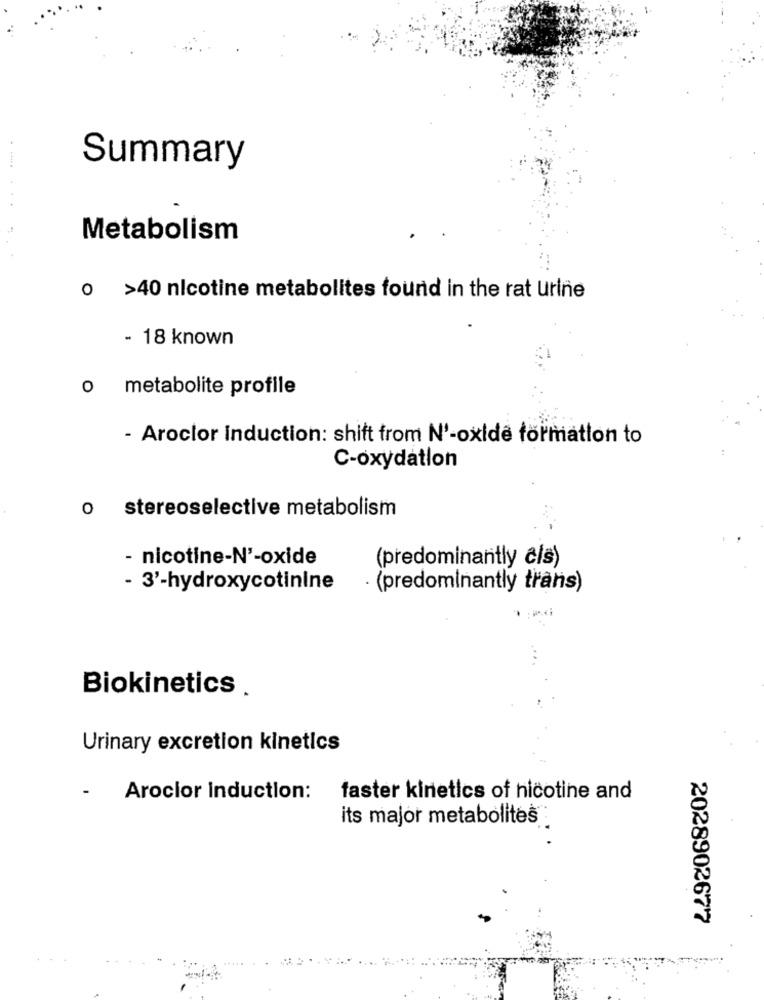
Summary
Metabolism
... ......
0 >40 nicotine metabolites found in the rat urine
- 18 known
0 metabolite profile
- Aroclor induction: shift from N'-oxide formation to
C-oxydation
o stereoselective metabolism
- nicotine-N'-oxide
(predominantly cis)
- 3'-hydroxycotinine
· (predominantly trans)
Biokinetics.
Urinary excretion kinetics
-
Arocior induction:
faster kinetics of nicotine and
its major metabolites :
2028902677
....